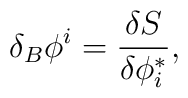
\delta_B\phi^i = \frac{\delta S}{\delta\phi^*_i},